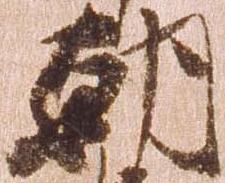
朝